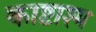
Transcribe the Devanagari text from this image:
काष्टाश्म